Annual report on the Civil Veterinary Department, Burma (including the Insein Veterinary School) - 1932-1941
Year: 1932
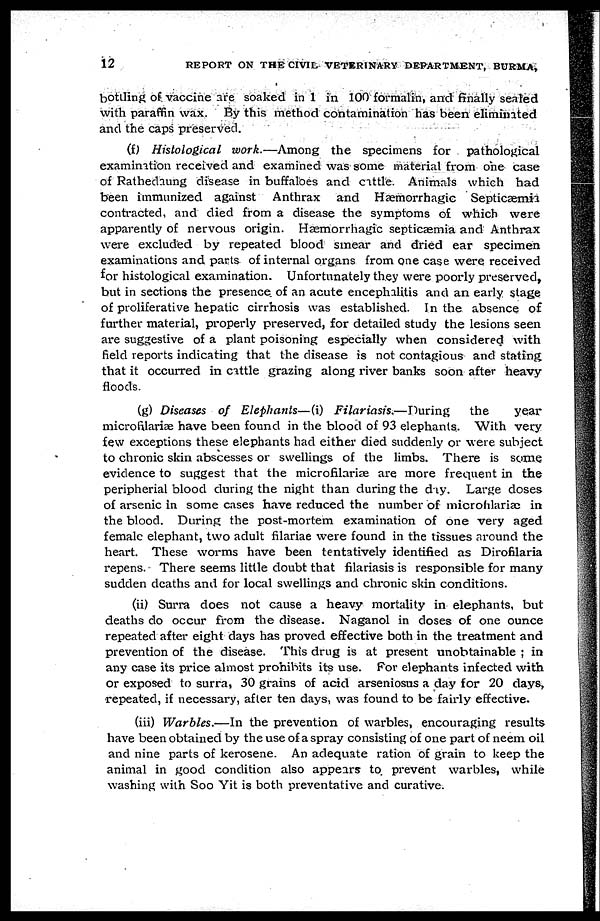
12
REPORT ON THE CIVIL VETERINARY DEPARTMENT, BURMA,
bottling of vaccine are soaked in 1 in 100 formalin, and finally sealed
with paraffin wax. By this method contamination has been eliminated
and the caps preserved.
(f) Histological work.—Among the specimens for pathological
examination received and examined was some material from one case
of Rathedaung disease in buffaloes and cattle. Animals which had
been immunized against Anthrax and Hæmorrhagic Septicæmia
contracted, and died from a disease the symptoms of which were
apparently of nervous origin. Hæmorrhagic septicæmia and Anthrax
were excluded by repeated blood smear and dried ear specimen
examinations and parts of internal organs from one case were received
for histological examination. Unfortunately they were poorly preserved,
but in sections the presence of an acute encephalitis and an early stage
of proliferative hepatic cirrhosis was established. In the absence of
further material, properly preserved, for detailed study the lesions seen
are suggestive of a plant poisoning especially when considered with
field reports indicating that the disease is not contagious and stating
that it occurred in cattle grazing along river banks soon after heavy
floods.
(g) Diseases of Elephants—(i) Filariasis.—During
the
year
microfilariae have been found in the blood of 93 elephants. With very
few exceptions these elephants had either died suddenly or were subject
to chronic skin abscesses or swellings of the limbs. There is some
evidence to suggest that the microfilariæ are more frequent in the
peripherial blood during the night than during the day. Large doses
of arsenic in some cases have reduced the number of microfilariae in
the blood. During the post-mortem examination of one very aged
female elephant, two adult filariae were found in the tissues around the
heart. These worms have been tentatively identified as Dirofilaria
repens. There seems little doubt that filariasis is responsible for many
sudden deaths and for local swellings and chronic skin conditions.
(ii) Surra does not cause a heavy mortality in elephants, but
deaths do occur from the disease. Naganol in doses of one ounce
repeated after eight days has proved effective both in the treatment and
prevention of the disease. This drug is at present unobtainable ; in
any case its price almost prohibits its use. For elephants infected with
or exposed to surra, 30 grains of acid arseniosus a day for 20 days,
repeated, if necessary, after ten days, was found to be fairly effective.
(iii) Warbles.—In the prevention of warbles, encouraging results
have been obtained by the use of a spray consisting of one part of neem oil
and nine parts of kerosene. An adequate ration of grain to keep the
animal in good condition also appears to prevent warbles, while
washing with Soo Yit is both preventative and curative.